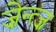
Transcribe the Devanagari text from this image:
ज़ेन्त्ज़